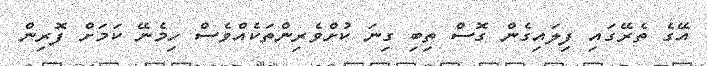
އޭގެ ތެރޭގައި ފިލައިގެން ގޮސް ތިބި ގިނަ ކުށްވެރިންތަކެއްވެސް ހިމެނޭ ކަމަށް ފޮރިން